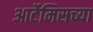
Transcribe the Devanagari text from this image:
आर्टेमिसच्या